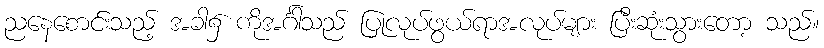
ညနေစောင်းသည့် အခါ၌ ကိုအင်္ဂါသည် ပြုလုပ်ဖွယ်ရာအလုပ်များ ပြီးဆုံးသွားတော့ သည်။